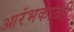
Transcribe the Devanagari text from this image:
आरंभकाळी